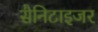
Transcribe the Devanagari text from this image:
सैनिटाइजर